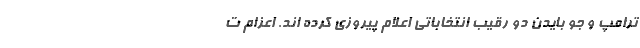
ترامپ و جو بایدن دو رقیب انتخاباتی اعلام پیروزی کرده اند. اعزام ت